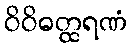
ဝိဝိဓတ္ထရဏံ